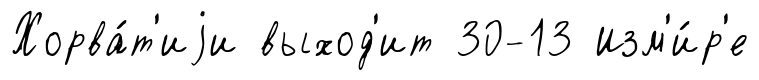
Хорва́т'иjи выход'ит 30-13 Изм'и́р'е